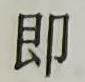
即